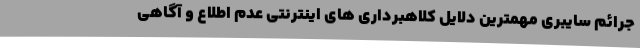
جرائم سایبری مهمترین دلایل کلاهبرداری های اینترنتی عدم اطلاع و آگاهی